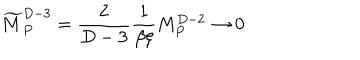
{ \widetilde M } _ { P } ^ { D - 3 } = { \frac { 2 } { D - 3 } } { \frac { 1 } { \beta \xi } } M _ { P } ^ { D - 2 } \rightarrow 0